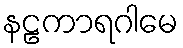
နဠကာရဂါမေ